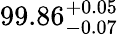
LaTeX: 99.86_{-0.07}^{~\! +0.05}